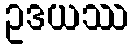
ဥဒယဿ